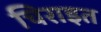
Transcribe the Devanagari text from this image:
चिराइत